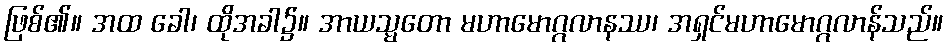
ဖြစ်၏။ အထ ခေါ၊ ထိုအခါ၌။ အာယသ္မတော မဟာမောဂ္ဂလာနဿ၊ အရှင်မဟာမောဂ္ဂလာန်သည်။